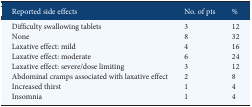
| Reported side effects | No. of pts | % |
 | --- | --- | --- |
 | Difficulty swallowing tablets | 3 | 12 |
 | None | 8 | 32 |
 | Laxative effect: mild | 4 | 16 |
 | Laxative effect: moderate | 6 | 24 |
 | Laxative effect: severe/dose limiting | 3 | 12 |
 | Abdominal cramps associated with laxative effect | 2 | 8 |
 | Increased thirst | 1 | 4 |
 | Insomnia | 1 | 4 |